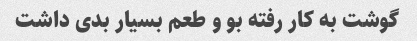
گوشت به کار رفته بو و طعم بسیار بدی داشت